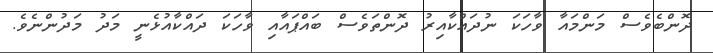
ދޮންބެވެސް މަންމައާ ވާހަކަ ނުދައްކާއިރު ދޮންތަވެސް ބައްޕައާއި ވާހަކަ ދައްކާއުޅެނީ މަދު މަދުންނެވެ.